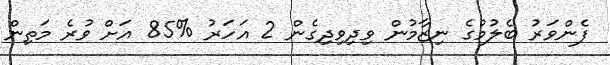
ފެންވަރު ބެލުމުގެ ނިޒާމުން ވިދިވިދިގެން 2 އަހަރު %85 އަށް ވުރެ މަތިން